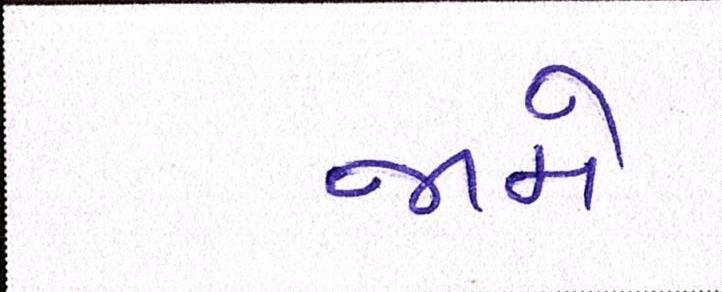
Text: જામે